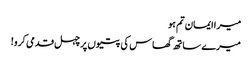
میرا ایمان تم ہو
میرے ساتھ گھاس کی پتیوں پر چہل قدمی کرو!